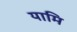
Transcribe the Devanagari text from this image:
यामि